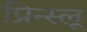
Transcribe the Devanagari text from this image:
प्रिन्स्लू